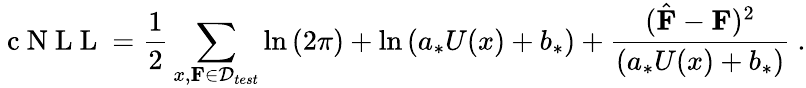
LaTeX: \mathrm{~c~N~L~L~}=\frac{1}{2}\sum_{x,\mathbf{F}\in\mathcal{D}_{test}}\ln{(2\pi)}+\ln{(a_{*}U(x)+b_{*})}+\frac{(\hat{\mathbf{F}}-\mathbf{F})^{2}}{(a_{*}U(x)+b_{*})}\ .